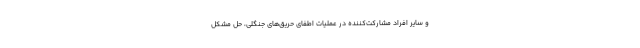
و سایر افراد مشارکت‌کننده در عملیات اطفای حریق‌های جنگلی، حل مشکل